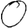
Digit: 0